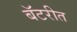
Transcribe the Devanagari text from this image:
बॅटरीत